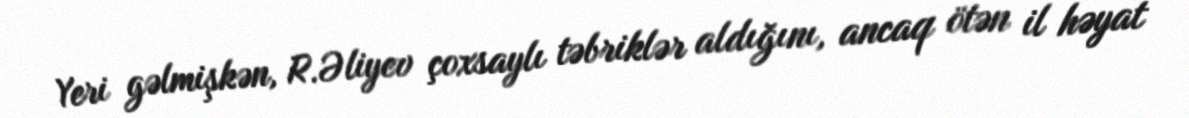
Yeri gəlmişkən, R.Əliyev çoxsaylı təbriklər aldığını, ancaq ötən il həyat